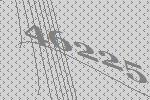
46225